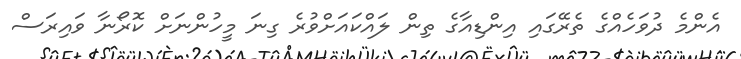
އެންމެ ދުވަހެއްގެ ތެރޭގައި އިންޑިއާގެ ތިން ލައްކައަށްވުރެ ގިނަ މީހުންނަށް ކޮރޯނާ ވައިރަސް